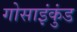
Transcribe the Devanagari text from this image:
गोसाइंकुंड